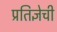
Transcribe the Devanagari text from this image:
प्रतिज्ञेची